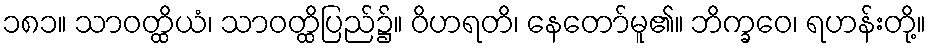
၁၈၁။ သာဝတ္ထိယံ၊ သာဝတ္ထိပြည်၌။ ဝိဟရတိ၊ နေတော်မူ၏။ ဘိက္ခဝေ၊ ရဟန်းတို့။